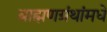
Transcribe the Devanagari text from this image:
ब्राह्मणग्रंथांमधे